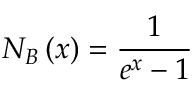
N _ { B } \left( x \right) = \frac { 1 } { e ^ { x } - 1 }